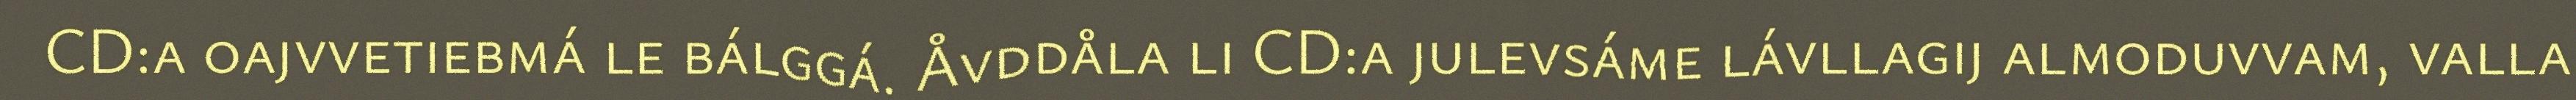
CD:a oajvvetiebmá le bálggá. Åvddåla li CD:a julevsáme lávllagij almoduvvam, valla